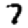
Digit: 7